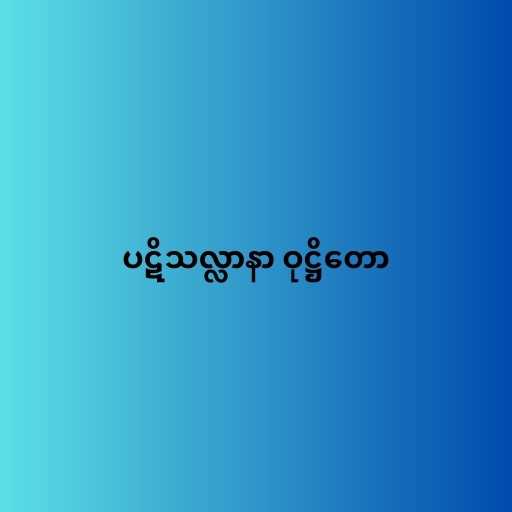
ပဋိသလ္လာနာ ဝုဋ္ဌိတော